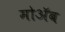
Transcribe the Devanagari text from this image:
मोॲब